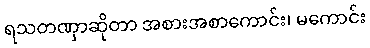
ရသတဏှာဆိုတာ အစားအစာကောင်း၊ မကောင်း